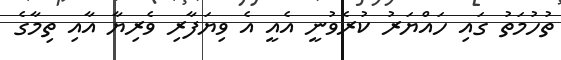
ތުހުމަތު ގައި ހައްޔަރު ކުރެވުނީ އެއީ އެ ވިޔަފާރި ވެރިޔާ އާއި ތިމާގެ